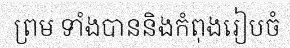
ព្រម ទាំងបាននិងកំពុងរៀបចំ